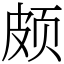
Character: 颇